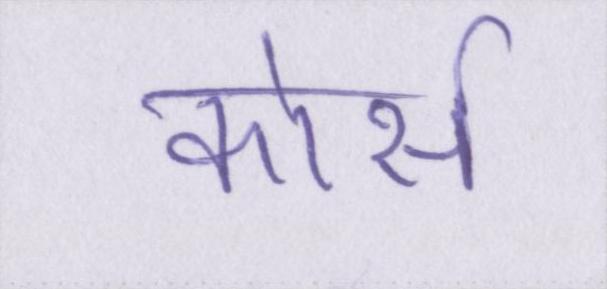
कोर्स